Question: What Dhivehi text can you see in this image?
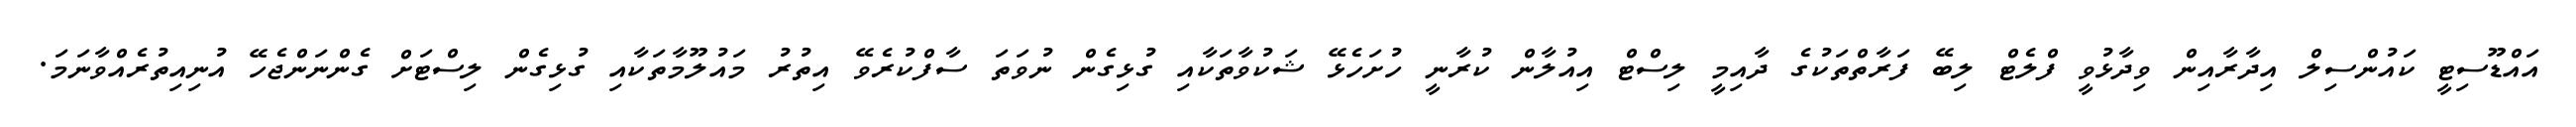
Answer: އައްޑޫސިޓީ ކައުންސިލް އިދާރާއިން ވިދާޅުވީ ފްލެޓް ލިބޭ ފަރާތްތަކުގެ ދާއިމީ ލިސްޓް އިއުލާން ކުރާނީ ހުށަހެޅޭ ޝަކުވާތަކާއި ގުޅިގެން ނުވަތަ ސާފްކުރެވޭ އިތުރު މައުލޫމާތަކާއި ގުޅިގެން ލިސްޓަށް ގެންނަންޖެހޭ އުނިއިތުރެއްވާނަމަ.